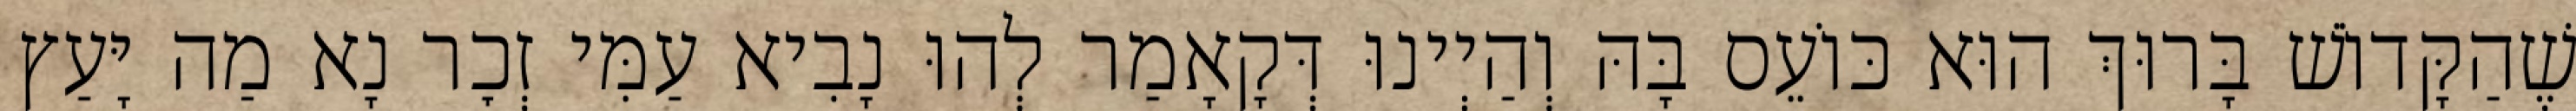
שֶׁהַקָּדוֹשׁ בָּרוּךְ הוּא כּוֹעֵס בָּהּ וְהַיְינוּ דְּקָאָמַר לְהוּ נָבִיא עַמִּי זְכׇר נָא מַה יָּעַץ